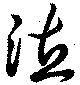
徳